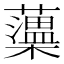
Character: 𧃾